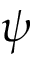
\psi